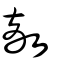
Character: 敵